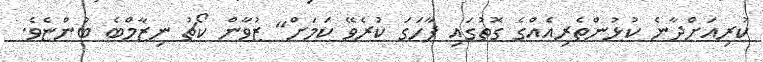
ކުރިއަށްދާނެ ކުޅުންތެރިއެއްގެ ގޮތުގައި ފާހަގަ ކުރެވޭ ކަމަށް" ޒުވާން ކޯޗު ނިޒާމްބެ ބުންޏެވެ.